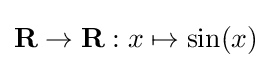
\mathbf {R} \to \mathbf {R} :x\mapsto \sin(x)